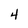
Character: 4